38_143685_box7_Incident_Summaries_1-100
Agency: Department of War
Page 125
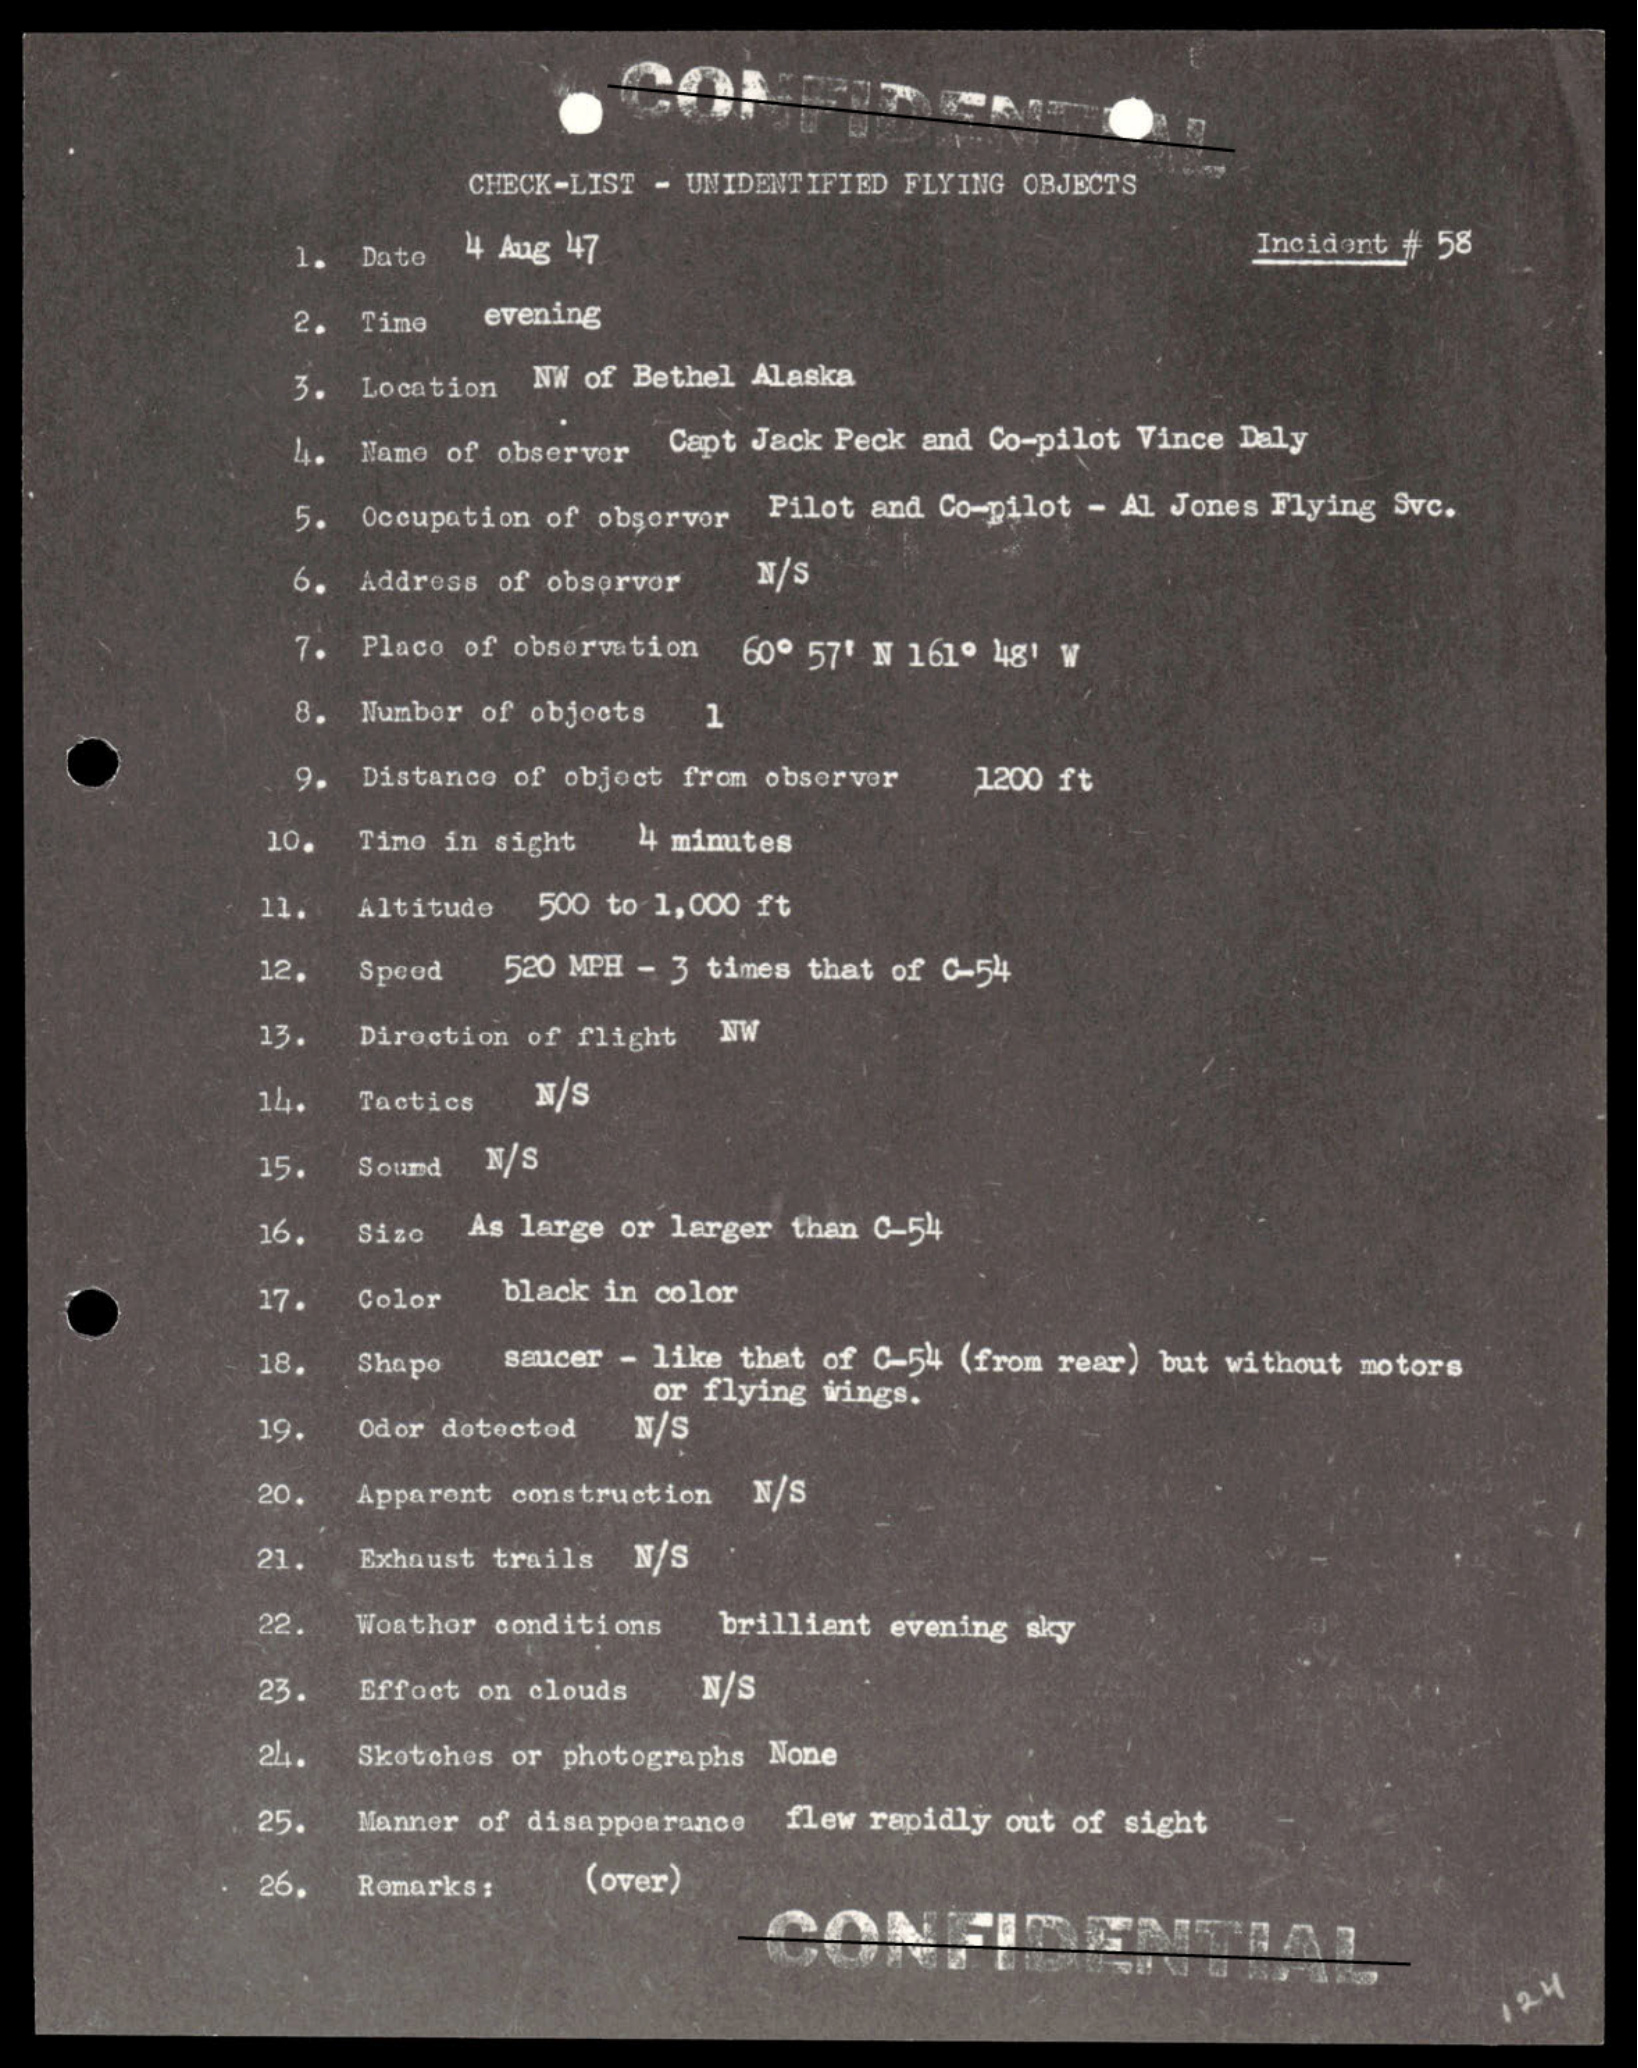